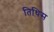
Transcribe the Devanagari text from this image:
तिथिस